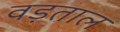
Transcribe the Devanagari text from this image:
वड़ताल